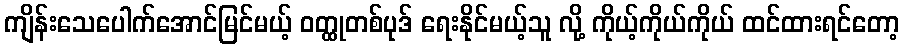
ကျိန်းသေပေါက်အောင်မြင်မယ့် ဝတ္ထုတစ်ပုဒ် ရေးနိုင်မယ့်သူ လို့ ကိုယ့်ကိုယ်ကိုယ် ထင်ထားရင်တော့